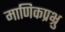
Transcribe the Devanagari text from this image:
माणिकप्रभ्रु